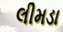
લીમડા